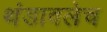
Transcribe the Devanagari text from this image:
थंडावलेच